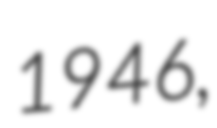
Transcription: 1946,